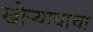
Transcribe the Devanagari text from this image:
खोऱ्यायाचा